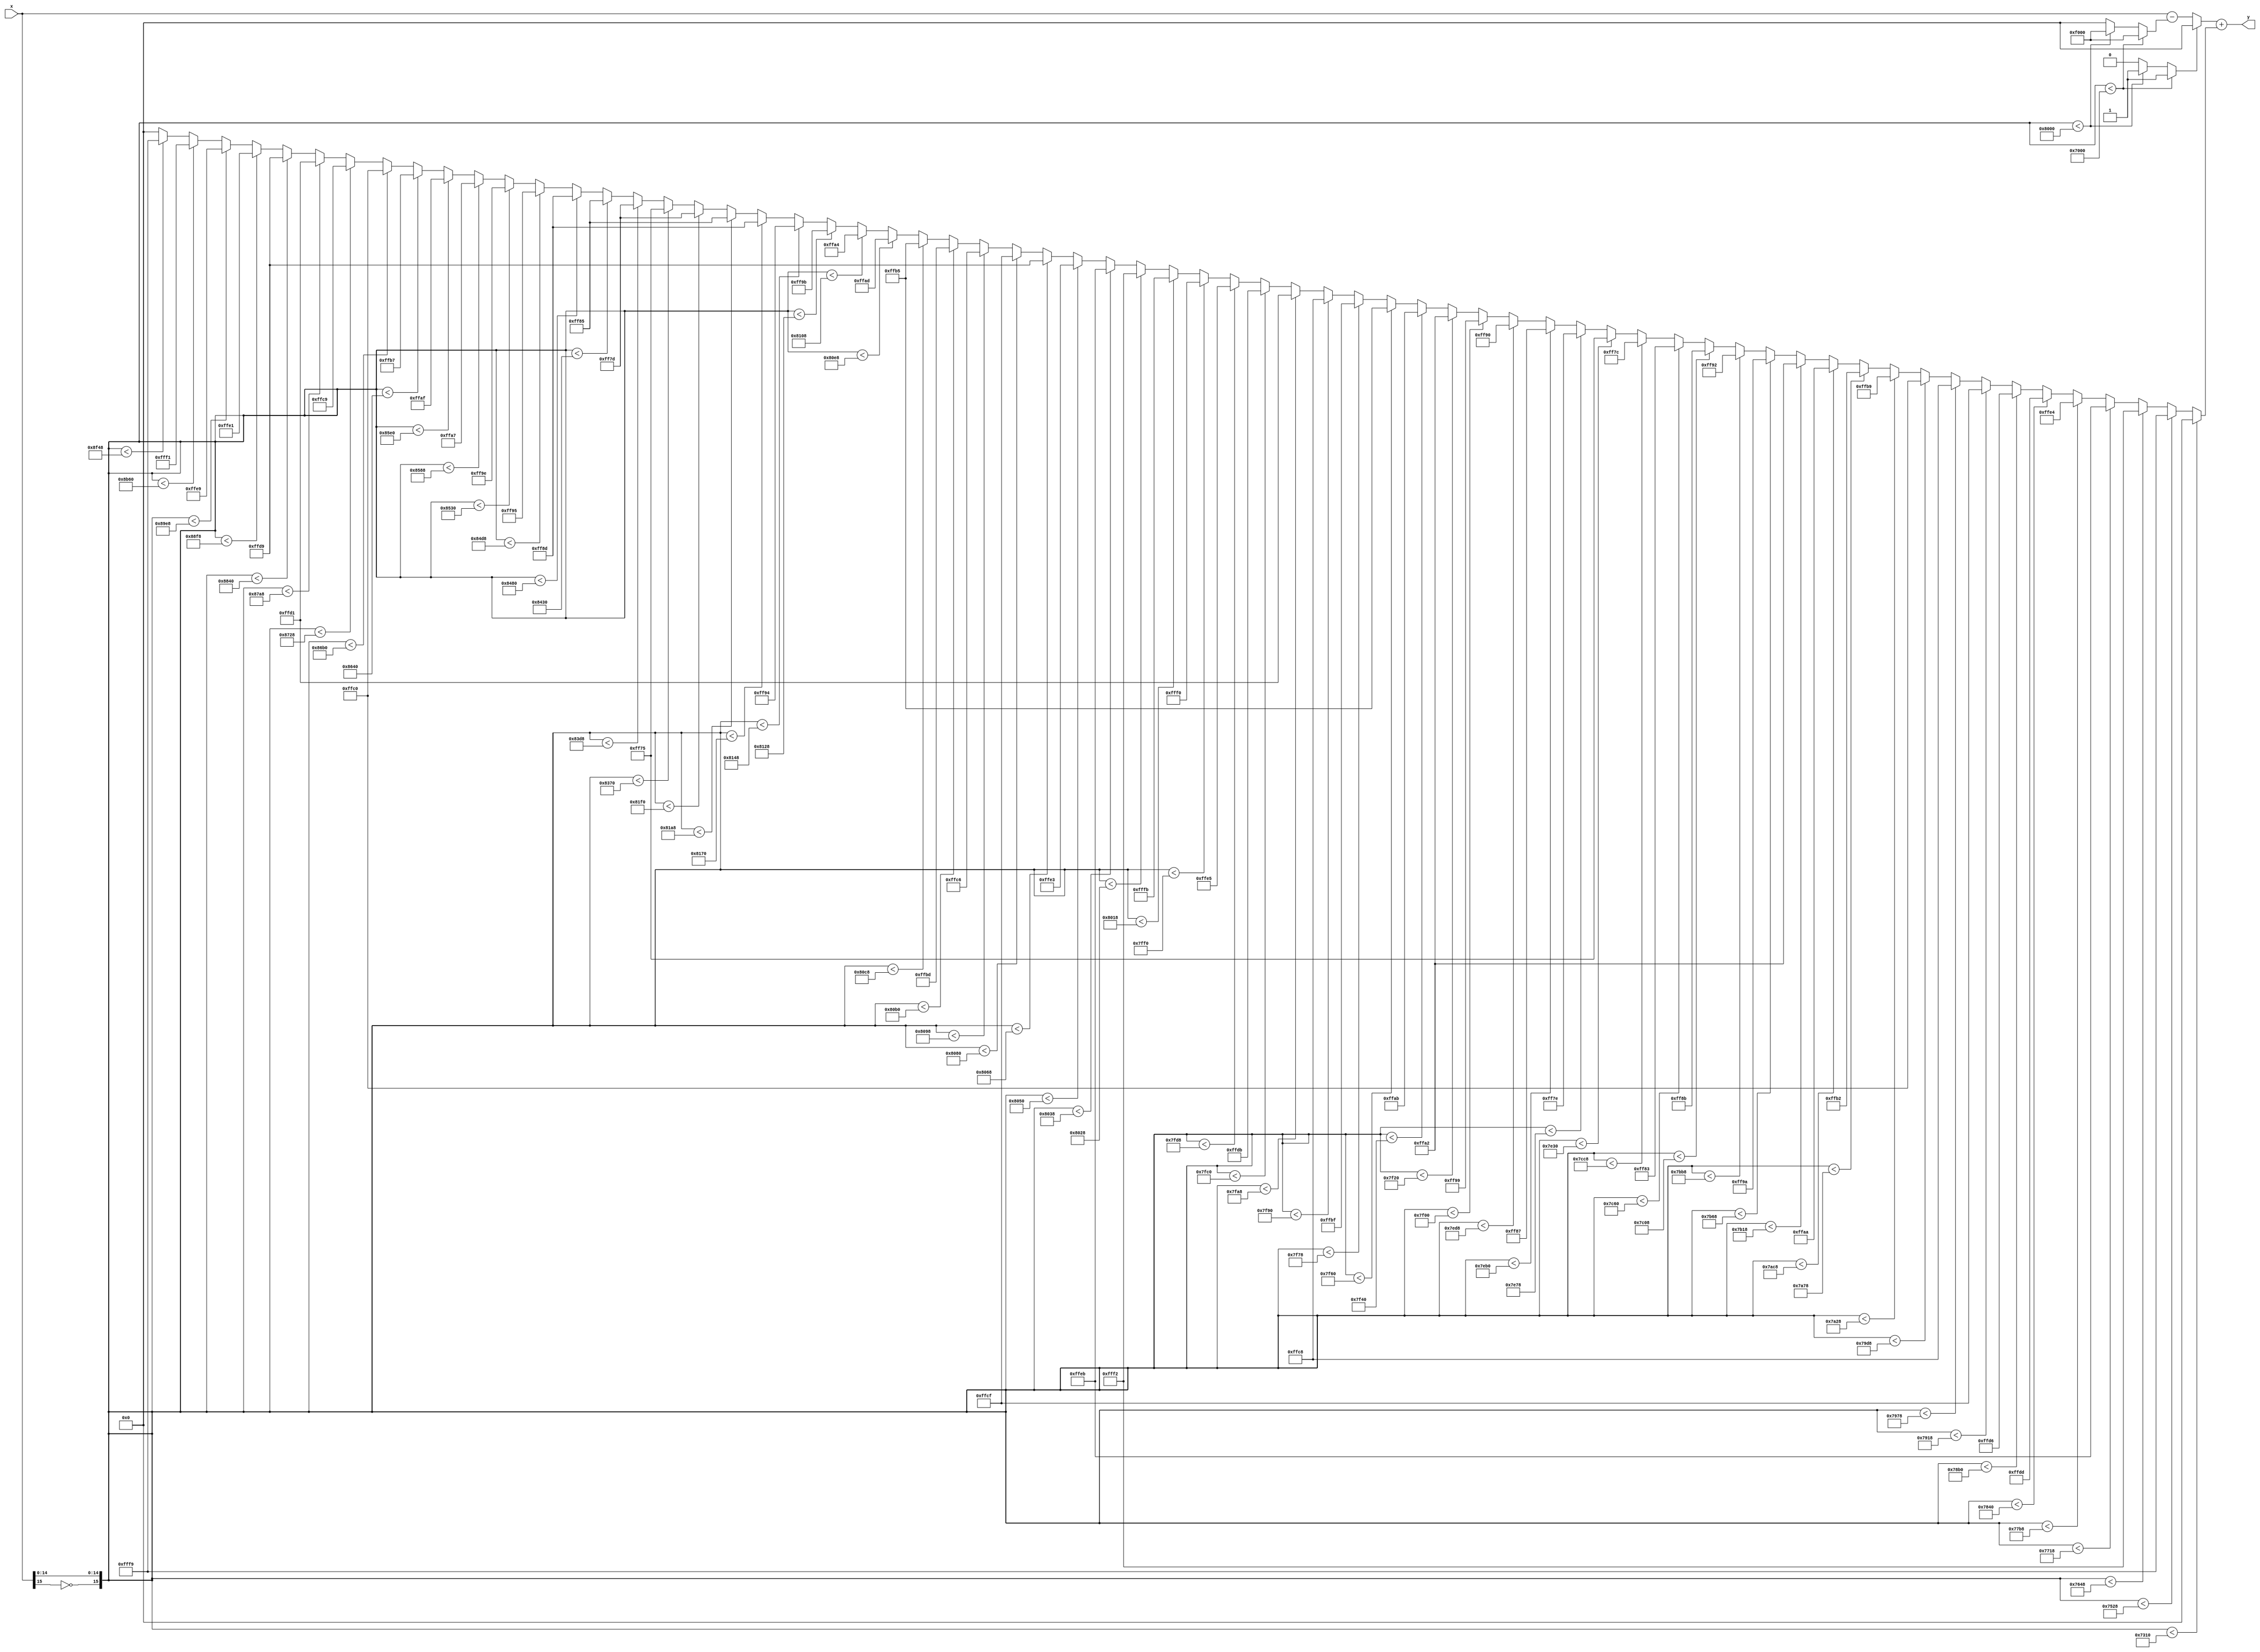
module siluPWL(
	input [15:0] x,
	output wire [15:0] y
);

reg [15:0] bias;
reg [15:0] x_delta;
reg zero;
wire [15:0] x_ = (x - x_delta);
assign y = ((zero)? 0: ({{16{x_[15]}},x_} )) + bias;

/**************** Compare and LUT *****************/
always @(*) begin
	if({~x[15],x[14:0]} < (16'h7000)) begin // -8.000000 
		zero = 1;
		x_delta = 16'hf000;
	end else 	if({~x[15],x[14:0]} < (16'h8000)) begin // 0.000000 
		zero = 1;
		x_delta = 16'hf000;
	end else begin
		zero = 0;
		x_delta = 16'h0;
	end

	if({~x[15],x[14:0]} < (16'h7310)) begin // -6.468750
		bias = 16'h0; // 0.000000 
	end else 	if({~x[15],x[14:0]} < (16'h7528)) begin // -5.421875
		bias = 16'hfff9; // -0.013672 
	end else 	if({~x[15],x[14:0]} < (16'h7648)) begin // -4.859375
		bias = 16'hfff2; // -0.027344 
	end else 	if({~x[15],x[14:0]} < (16'h7718)) begin // -4.453125
		bias = 16'hffeb; // -0.041016 
	end else 	if({~x[15],x[14:0]} < (16'h77b8)) begin // -4.140625
		bias = 16'hffe4; // -0.054688 
	end else 	if({~x[15],x[14:0]} < (16'h7840)) begin // -3.875000
		bias = 16'hffdd; // -0.068359 
	end else 	if({~x[15],x[14:0]} < (16'h78b0)) begin // -3.656250
		bias = 16'hffd6; // -0.082031 
	end else 	if({~x[15],x[14:0]} < (16'h7918)) begin // -3.453125
		bias = 16'hffcf; // -0.095703 
	end else 	if({~x[15],x[14:0]} < (16'h7978)) begin // -3.265625
		bias = 16'hffc8; // -0.109375 
	end else 	if({~x[15],x[14:0]} < (16'h79d8)) begin // -3.078125
		bias = 16'hffc0; // -0.125000 
	end else 	if({~x[15],x[14:0]} < (16'h7a28)) begin // -2.921875
		bias = 16'hffb9; // -0.138672 
	end else 	if({~x[15],x[14:0]} < (16'h7a78)) begin // -2.765625
		bias = 16'hffb2; // -0.152344 
	end else 	if({~x[15],x[14:0]} < (16'h7ac8)) begin // -2.609375
		bias = 16'hffaa; // -0.167969 
	end else 	if({~x[15],x[14:0]} < (16'h7b18)) begin // -2.453125
		bias = 16'hffa2; // -0.183594 
	end else 	if({~x[15],x[14:0]} < (16'h7b68)) begin // -2.296875
		bias = 16'hff9a; // -0.199219 
	end else 	if({~x[15],x[14:0]} < (16'h7bb8)) begin // -2.140625
		bias = 16'hff92; // -0.214844 
	end else 	if({~x[15],x[14:0]} < (16'h7c08)) begin // -1.984375
		bias = 16'hff8b; // -0.228516 
	end else 	if({~x[15],x[14:0]} < (16'h7c60)) begin // -1.812500
		bias = 16'hff83; // -0.244141 
	end else 	if({~x[15],x[14:0]} < (16'h7cc8)) begin // -1.609375
		bias = 16'hff7c; // -0.257812 
	end else 	if({~x[15],x[14:0]} < (16'h7e30)) begin // -0.906250
		bias = 16'hff75; // -0.271484 
	end else 	if({~x[15],x[14:0]} < (16'h7e78)) begin // -0.765625
		bias = 16'hff7e; // -0.253906 
	end else 	if({~x[15],x[14:0]} < (16'h7eb0)) begin // -0.656250
		bias = 16'hff87; // -0.236328 
	end else 	if({~x[15],x[14:0]} < (16'h7ed8)) begin // -0.578125
		bias = 16'hff90; // -0.218750 
	end else 	if({~x[15],x[14:0]} < (16'h7f00)) begin // -0.500000
		bias = 16'hff99; // -0.201172 
	end else 	if({~x[15],x[14:0]} < (16'h7f20)) begin // -0.437500
		bias = 16'hffa2; // -0.183594 
	end else 	if({~x[15],x[14:0]} < (16'h7f40)) begin // -0.375000
		bias = 16'hffab; // -0.166016 
	end else 	if({~x[15],x[14:0]} < (16'h7f60)) begin // -0.312500
		bias = 16'hffb5; // -0.146484 
	end else 	if({~x[15],x[14:0]} < (16'h7f78)) begin // -0.265625
		bias = 16'hffbf; // -0.126953 
	end else 	if({~x[15],x[14:0]} < (16'h7f90)) begin // -0.218750
		bias = 16'hffc8; // -0.109375 
	end else 	if({~x[15],x[14:0]} < (16'h7fa8)) begin // -0.171875
		bias = 16'hffd1; // -0.091797 
	end else 	if({~x[15],x[14:0]} < (16'h7fc0)) begin // -0.125000
		bias = 16'hffdb; // -0.072266 
	end else 	if({~x[15],x[14:0]} < (16'h7fd8)) begin // -0.078125
		bias = 16'hffe5; // -0.052734 
	end else 	if({~x[15],x[14:0]} < (16'h7ff0)) begin // -0.031250
		bias = 16'hfff0; // -0.031250 
	end else 	if({~x[15],x[14:0]} < (16'h8018)) begin // 0.046875
		bias = 16'hfffb; // -0.009766 
	end else 	if({~x[15],x[14:0]} < (16'h8028)) begin // 0.078125
		bias = 16'hfff2; // -0.027344 
	end else 	if({~x[15],x[14:0]} < (16'h8038)) begin // 0.109375
		bias = 16'hffeb; // -0.041016 
	end else 	if({~x[15],x[14:0]} < (16'h8050)) begin // 0.156250
		bias = 16'hffe3; // -0.056641 
	end else 	if({~x[15],x[14:0]} < (16'h8068)) begin // 0.203125
		bias = 16'hffd9; // -0.076172 
	end else 	if({~x[15],x[14:0]} < (16'h8080)) begin // 0.250000
		bias = 16'hffcf; // -0.095703 
	end else 	if({~x[15],x[14:0]} < (16'h8098)) begin // 0.296875
		bias = 16'hffc6; // -0.113281 
	end else 	if({~x[15],x[14:0]} < (16'h80b0)) begin // 0.343750
		bias = 16'hffbd; // -0.130859 
	end else 	if({~x[15],x[14:0]} < (16'h80c8)) begin // 0.390625
		bias = 16'hffb5; // -0.146484 
	end else 	if({~x[15],x[14:0]} < (16'h80e8)) begin // 0.453125
		bias = 16'hffad; // -0.162109 
	end else 	if({~x[15],x[14:0]} < (16'h8108)) begin // 0.515625
		bias = 16'hffa4; // -0.179688 
	end else 	if({~x[15],x[14:0]} < (16'h8128)) begin // 0.578125
		bias = 16'hff9b; // -0.197266 
	end else 	if({~x[15],x[14:0]} < (16'h8148)) begin // 0.640625
		bias = 16'hff94; // -0.210938 
	end else 	if({~x[15],x[14:0]} < (16'h8170)) begin // 0.718750
		bias = 16'hff8d; // -0.224609 
	end else 	if({~x[15],x[14:0]} < (16'h81a8)) begin // 0.828125
		bias = 16'hff85; // -0.240234 
	end else 	if({~x[15],x[14:0]} < (16'h81f0)) begin // 0.968750
		bias = 16'hff7d; // -0.255859 
	end else 	if({~x[15],x[14:0]} < (16'h8370)) begin // 1.718750
		bias = 16'hff75; // -0.271484 
	end else 	if({~x[15],x[14:0]} < (16'h83d8)) begin // 1.921875
		bias = 16'hff7d; // -0.255859 
	end else 	if({~x[15],x[14:0]} < (16'h8430)) begin // 2.093750
		bias = 16'hff85; // -0.240234 
	end else 	if({~x[15],x[14:0]} < (16'h8480)) begin // 2.250000
		bias = 16'hff8d; // -0.224609 
	end else 	if({~x[15],x[14:0]} < (16'h84d8)) begin // 2.421875
		bias = 16'hff95; // -0.208984 
	end else 	if({~x[15],x[14:0]} < (16'h8530)) begin // 2.593750
		bias = 16'hff9e; // -0.191406 
	end else 	if({~x[15],x[14:0]} < (16'h8588)) begin // 2.765625
		bias = 16'hffa7; // -0.173828 
	end else 	if({~x[15],x[14:0]} < (16'h85e0)) begin // 2.937500
		bias = 16'hffaf; // -0.158203 
	end else 	if({~x[15],x[14:0]} < (16'h8640)) begin // 3.125000
		bias = 16'hffb7; // -0.142578 
	end else 	if({~x[15],x[14:0]} < (16'h86b0)) begin // 3.343750
		bias = 16'hffc0; // -0.125000 
	end else 	if({~x[15],x[14:0]} < (16'h8728)) begin // 3.578125
		bias = 16'hffc9; // -0.107422 
	end else 	if({~x[15],x[14:0]} < (16'h87a8)) begin // 3.828125
		bias = 16'hffd1; // -0.091797 
	end else 	if({~x[15],x[14:0]} < (16'h8840)) begin // 4.125000
		bias = 16'hffd9; // -0.076172 
	end else 	if({~x[15],x[14:0]} < (16'h88f8)) begin // 4.484375
		bias = 16'hffe1; // -0.060547 
	end else 	if({~x[15],x[14:0]} < (16'h89e8)) begin // 4.953125
		bias = 16'hffe9; // -0.044922 
	end else 	if({~x[15],x[14:0]} < (16'h8b60)) begin // 5.687500
		bias = 16'hfff1; // -0.029297 
	end else 	if({~x[15],x[14:0]} < (16'h8f48)) begin // 7.640625
		bias = 16'hfff9; // -0.013672 
	end else begin
		bias = 16'h0; // -0.013672 
	end
end

endmodule